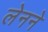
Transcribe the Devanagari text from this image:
लेनने